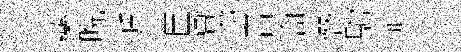
藥晩遁臣㑹撈晋簡僭駒悲